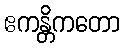
ဧကန္တိကတော